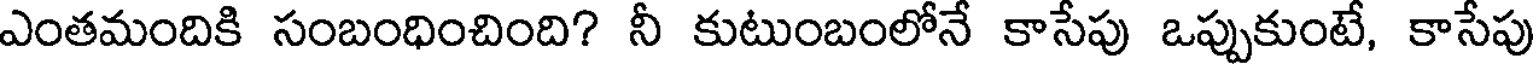
ఎంతమందికి సంబంధించింది? నీ కుటుంబంలోనే కాసేపు ఒప్పుకుంటే, కాసేపు